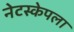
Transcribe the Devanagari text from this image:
नेटस्केपला